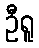
ဦရူ